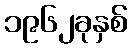
၁၉၆၂ခုနှစ်